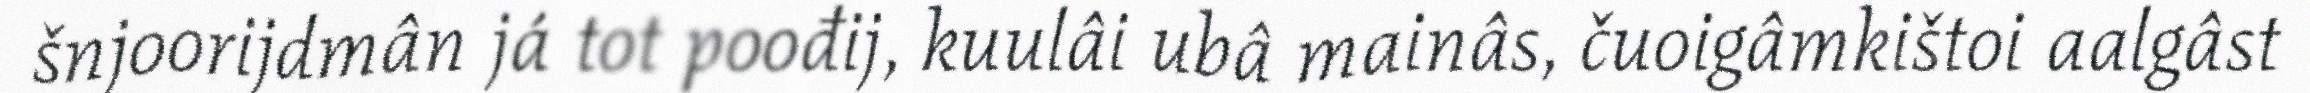
šnjoorijdmân já tot poođij, kuulâi ubâ mainâs, čuoigâmkištoi aalgâst